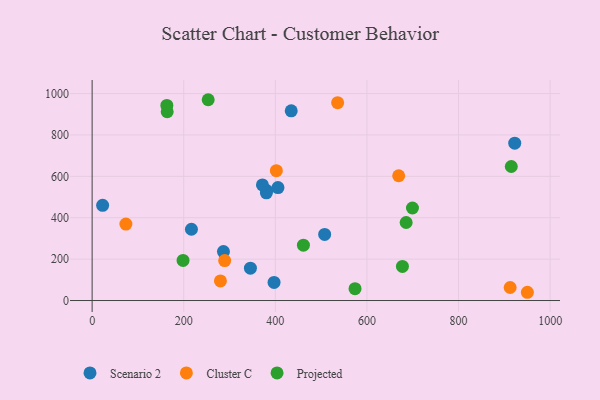
{"axis": {"x": "Experience", "y": "Profit"}, "legend": ["Cluster C", "Projected", "Scenario 2"], "data": [{"x": "381.0", "y": 531.5, "type": "Scenario 2"}, {"x": "22.9", "y": 460.0, "type": "Scenario 2"}, {"x": "397.2", "y": 87.6, "type": "Scenario 2"}, {"x": "380.4", "y": 520.2, "type": "Scenario 2"}, {"x": "434.7", "y": 916.7, "type": "Scenario 2"}, {"x": "345.6", "y": 156.5, "type": "Scenario 2"}, {"x": "922.7", "y": 760.2, "type": "Scenario 2"}, {"x": "371.8", "y": 558.8, "type": "Scenario 2"}, {"x": "216.8", "y": 344.5, "type": "Scenario 2"}, {"x": "405.7", "y": 545.8, "type": "Scenario 2"}, {"x": "286.7", "y": 236.4, "type": "Scenario 2"}, {"x": "507.7", "y": 319.4, "type": "Scenario 2"}, {"x": "289.4", "y": 193.1, "type": "Cluster C"}, {"x": "73.7", "y": 369.2, "type": "Cluster C"}, {"x": "669.3", "y": 603.0, "type": "Cluster C"}, {"x": "280.1", "y": 94.6, "type": "Cluster C"}, {"x": "912.7", "y": 62.9, "type": "Cluster C"}, {"x": "402.2", "y": 627.4, "type": "Cluster C"}, {"x": "950.3", "y": 39.9, "type": "Cluster C"}, {"x": "536.0", "y": 955.8, "type": "Cluster C"}, {"x": "685.6", "y": 376.9, "type": "Projected"}, {"x": "461.3", "y": 267.6, "type": "Projected"}, {"x": "915.2", "y": 647.6, "type": "Projected"}, {"x": "574.0", "y": 57.5, "type": "Projected"}, {"x": "677.5", "y": 165.0, "type": "Projected"}, {"x": "253.4", "y": 970.2, "type": "Projected"}, {"x": "699.4", "y": 447.0, "type": "Projected"}, {"x": "198.5", "y": 193.6, "type": "Projected"}, {"x": "163.9", "y": 912.2, "type": "Projected"}, {"x": "163.1", "y": 942.6, "type": "Projected"}]}